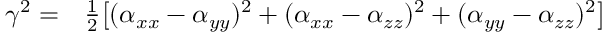
\begin{array} { r l } { \gamma ^ { 2 } = } & { { } \frac { 1 } { 2 } \big [ ( \alpha _ { x x } - \alpha _ { y y } ) ^ { 2 } + ( \alpha _ { x x } - \alpha _ { z z } ) ^ { 2 } + ( \alpha _ { y y } - \alpha _ { z z } ) ^ { 2 } \big ] } \end{array}